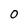
Character: 0